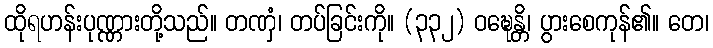
ထိုရဟန်းပုဏ္ဏားတို့သည်။ တဏှံ၊ တပ်ခြင်းကို။ (၃၃၂) ဝဍ္ဎေန္တိ၊ ပွားစေကုန်၏။ တေ၊